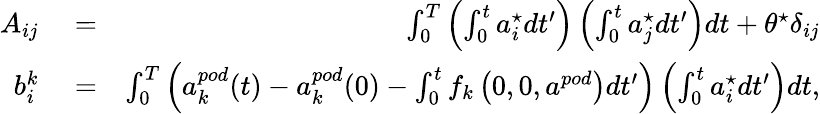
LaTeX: \begin{array}{rlr}{A_{ij}}&{{}=}&{\int_{0}^{T}\left(\int_{0}^{t}a_{i}^{\star}dt^{\prime}\right)\left(\int_{0}^{t}a_{j}^{\star}dt^{\prime}\right)dt+\theta^{\star}\delta_{ij}}\\ {b_{i}^{k}}&{{}=}&{\int_{0}^{T}\left(a_{k}^{pod}(t)-a_{k}^{pod}(0)-\int_{0}^{t}f_{k}\left(0,0,a^{pod}\right)dt^{\prime}\right)\left(\int_{0}^{t}a_{i}^{\star}dt^{\prime}\right)dt,}\end{array}